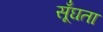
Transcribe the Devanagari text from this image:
सूँघता